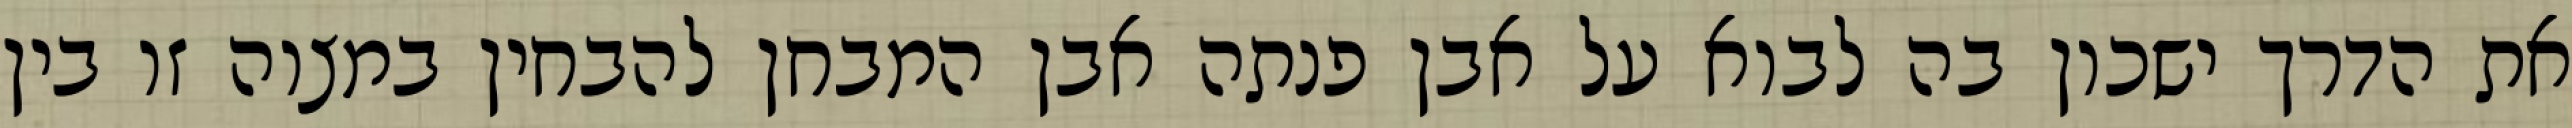
את הדרך ישכון בה לבוא על אבן פנתה אבן המבחן להבחין במצוה זו בין